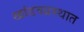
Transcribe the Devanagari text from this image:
खांडवप्रस्थात